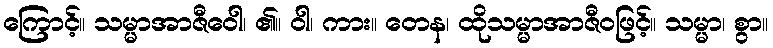
ကြောင့်။ သမ္မာအာဇီဝေါ၊ ၏။ ဝါ၊ ကား။ တေန၊ ထိုသမ္မာအာဇီဝဖြင့်။ သမ္မာ၊ စွာ။